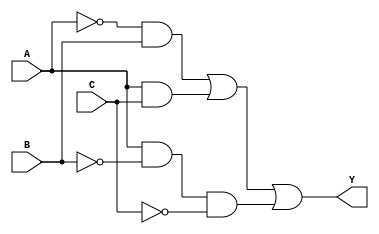
module three_variable_kmap (
    input wire A, // Input variable A
    input wire B, // Input variable B
    input wire C, // Input variable C
    output wire Y // Output Y representing the simplified Boolean expression
);

// The K-map can be simplified based on the grouping of 1s.
// From the K-map layout provided, the simplified expression is:
// Y = A'B + AC + AB'C

assign Y = (~A & B) | (A & C) | (A & ~B & ~C);

endmodule